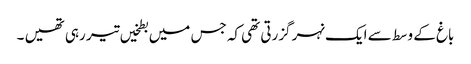
باغ کے وسط سے ایک نہر گزرتی تھی کہ جس میں بطخیں تیر رہی تھیں ۔